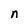
Character: n